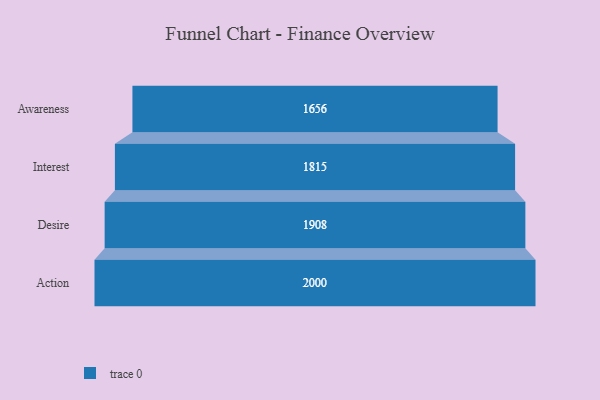
{"axis": {"x": "Stage", "y": "Value"}, "legend": [""], "data": [{"x": "Awareness", "y": 1656.0, "type": ""}, {"x": "Interest", "y": 1815.0, "type": ""}, {"x": "Desire", "y": 1908.0, "type": ""}, {"x": "Action", "y": 2000, "type": ""}]}